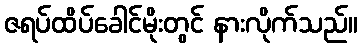
ဇရပ်ထိပ်ခေါင်မိုးတွင် နားလိုက်သည်။